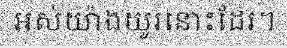
អស់យ៉ាងយូរនោះដែរ។